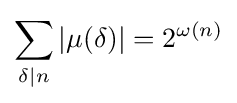
\sum _{\delta \mid n}|\mu (\delta )|=2^{\omega (n)}